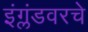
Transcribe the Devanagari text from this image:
इंग्लंडवरचे